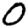
Digit: 0